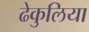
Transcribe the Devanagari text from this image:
ढेकुलिया